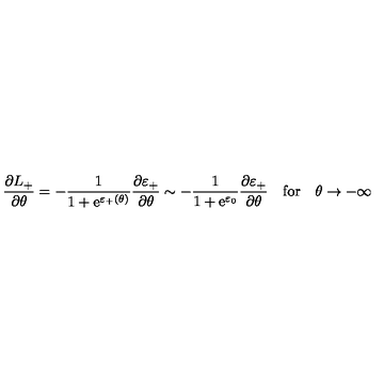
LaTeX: \frac { \partial L _ { + } } { \partial \theta } = - \frac { 1 } { 1 + \mathrm { e } ^ { \varepsilon _ { + } ( \theta ) } } \frac { \partial \varepsilon _ { + } } { \partial \theta } \sim - \frac { 1 } { 1 + \mathrm { e } ^ { \varepsilon _ { 0 } } } \frac { \partial \varepsilon _ { + } } { \partial \theta } \quad \mathrm { f o r } \quad \theta \rightarrow - \infty